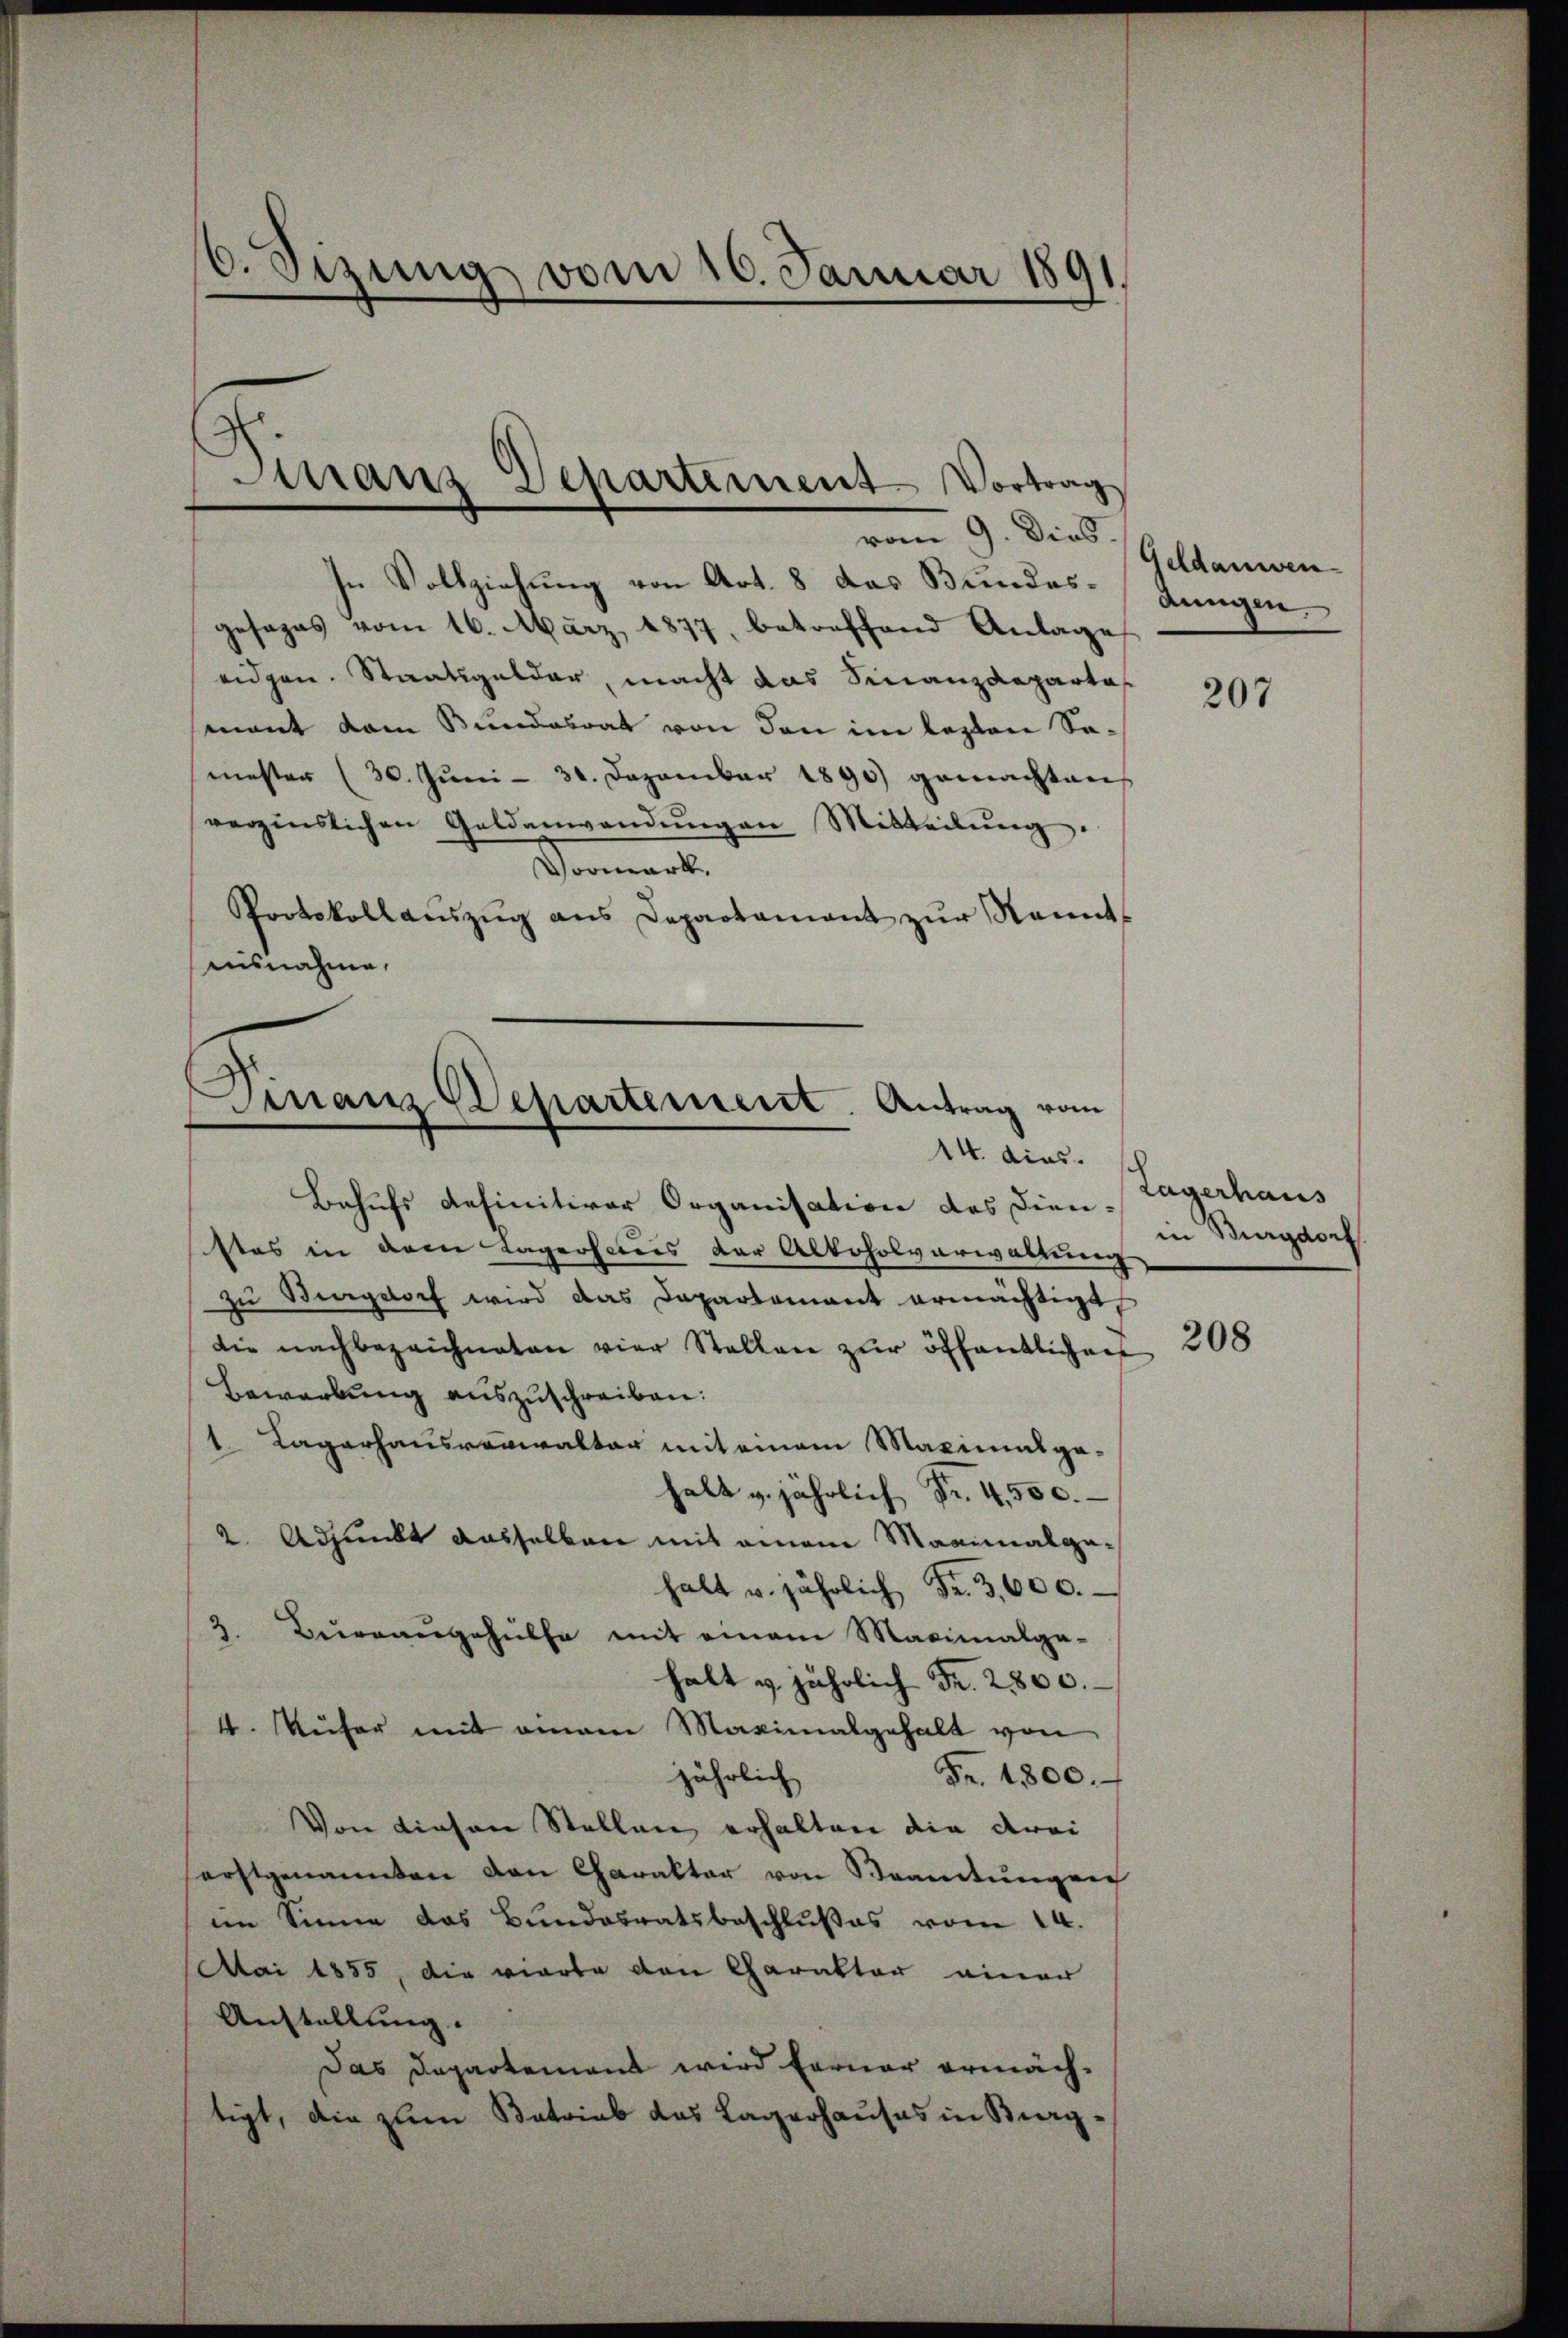
6. Sizung vom 10. Januar 1891.

Granz Departement Vortrag
vom 9. Dies

In Vollziehung von Art. 8 das Bundes- (Jungen
gesages vom 16. März 1877, betreffend Anlage
eidgen. Staatsgelder, macht das Finanzdepartamant dem Bundesrat von den im lezten Samester (30. Jŭni - 30. Dezember 1890 gemachten
verzinslichen Geldanwendungen Mitteilung.
Moment,
Protokollaŭszŭg ans Departamant zŭr Nannt-
Aaisnahme,

Finanz Departement. Antrag vom
14. dies.

Behufs definitiver Organisation des dien Lagerhaus
stes in dem Lagerhaus der Alkoholverwaltung
zŭ Singsloch wird das Departement ermächtigt
die nachbezeichneten vier Stellen zur öffentlichen
Bewerbung auszuschreiben.
1 Lagerhausrovialtar mit einem Maximalga-
halt v. jährlich Fr. 4,500.
2. Adjunkt dasselben mit einem Maginalgehalt u. jährlich Fr. 3,600.
3
Buirrangehülfe mit einem Maximalga-
halt v. jährlich Fr. 2800.
4. Weiser mit einem Maximalgehalt von
Fr. 1800.
jährlich
Von diesen Stellen erhalten die drei
forstgenannten von Charakter von Beamtungen
im Sinne das Bundesratsbeschlußes vom 14.
Mai 1855, die vierte den Charakter einer
Anstallung.
Das Departement wird ferner ermächtigt, die zum Betrieb das Lagerhauses in Burg¬

Geldanwen

207

in Burgdorf

208